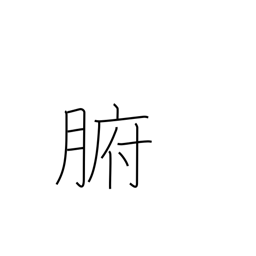
Meaning: viscera